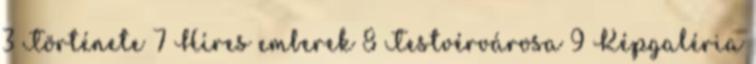
3 Története 7 Híres emberek 8 Testvérvárosa 9 Képgaléria